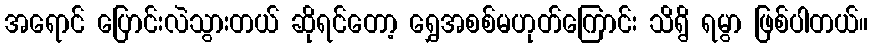
အရောင် ပြောင်းလဲသွားတယ် ဆိုရင်တော့ ရွှေအစစ်မဟုတ်ကြောင်း သိရွိ ရမွာ ဖြစ်ပါတယ်။